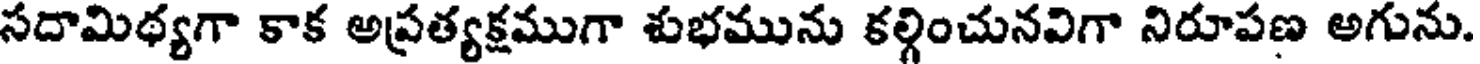
సదామిథ్యగా కాక అప్రత్యక్షముగా శుభమును కల్గించునవిగా నిరూపణ అగును.